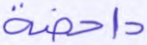
داحضة